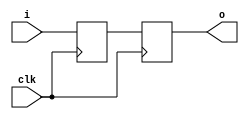
// This program was cloned from: https://github.com/rkrajnc/minimig-de1
// License: GNU General Public License v3.0

/* i_sync.v */
/* input synchronizer */


module i_sync #(
  parameter DW = 1,           // signal width
  parameter RS = 1'b0         // power up state
)(
  // system
  input  wire           clk,
  // input
  input  wire [ DW-1:0] i,
  // output
  output wire [ DW-1:0] o
);


reg [ DW-1:0] sync_0 = {DW{RS}};
reg [ DW-1:0] sync_1 = {DW{RS}};


always @ (posedge clk) begin
  sync_0 <= #1 i;
  sync_1 <= #1 sync_0;
end


assign o = sync_1;


endmodule